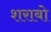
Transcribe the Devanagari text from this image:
शराबो